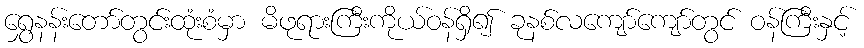
ရွှေနန်းတော်တွင်းထုံးစံမှာ မိဖုရားကြီးကိုယ်ဝန်ရှိ၍ ခုနစ်လကျော်ကျော်တွင် ဝန်ကြီးနှင့်